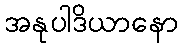
အနုပါဒိယာနော